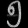
Digit: ၅